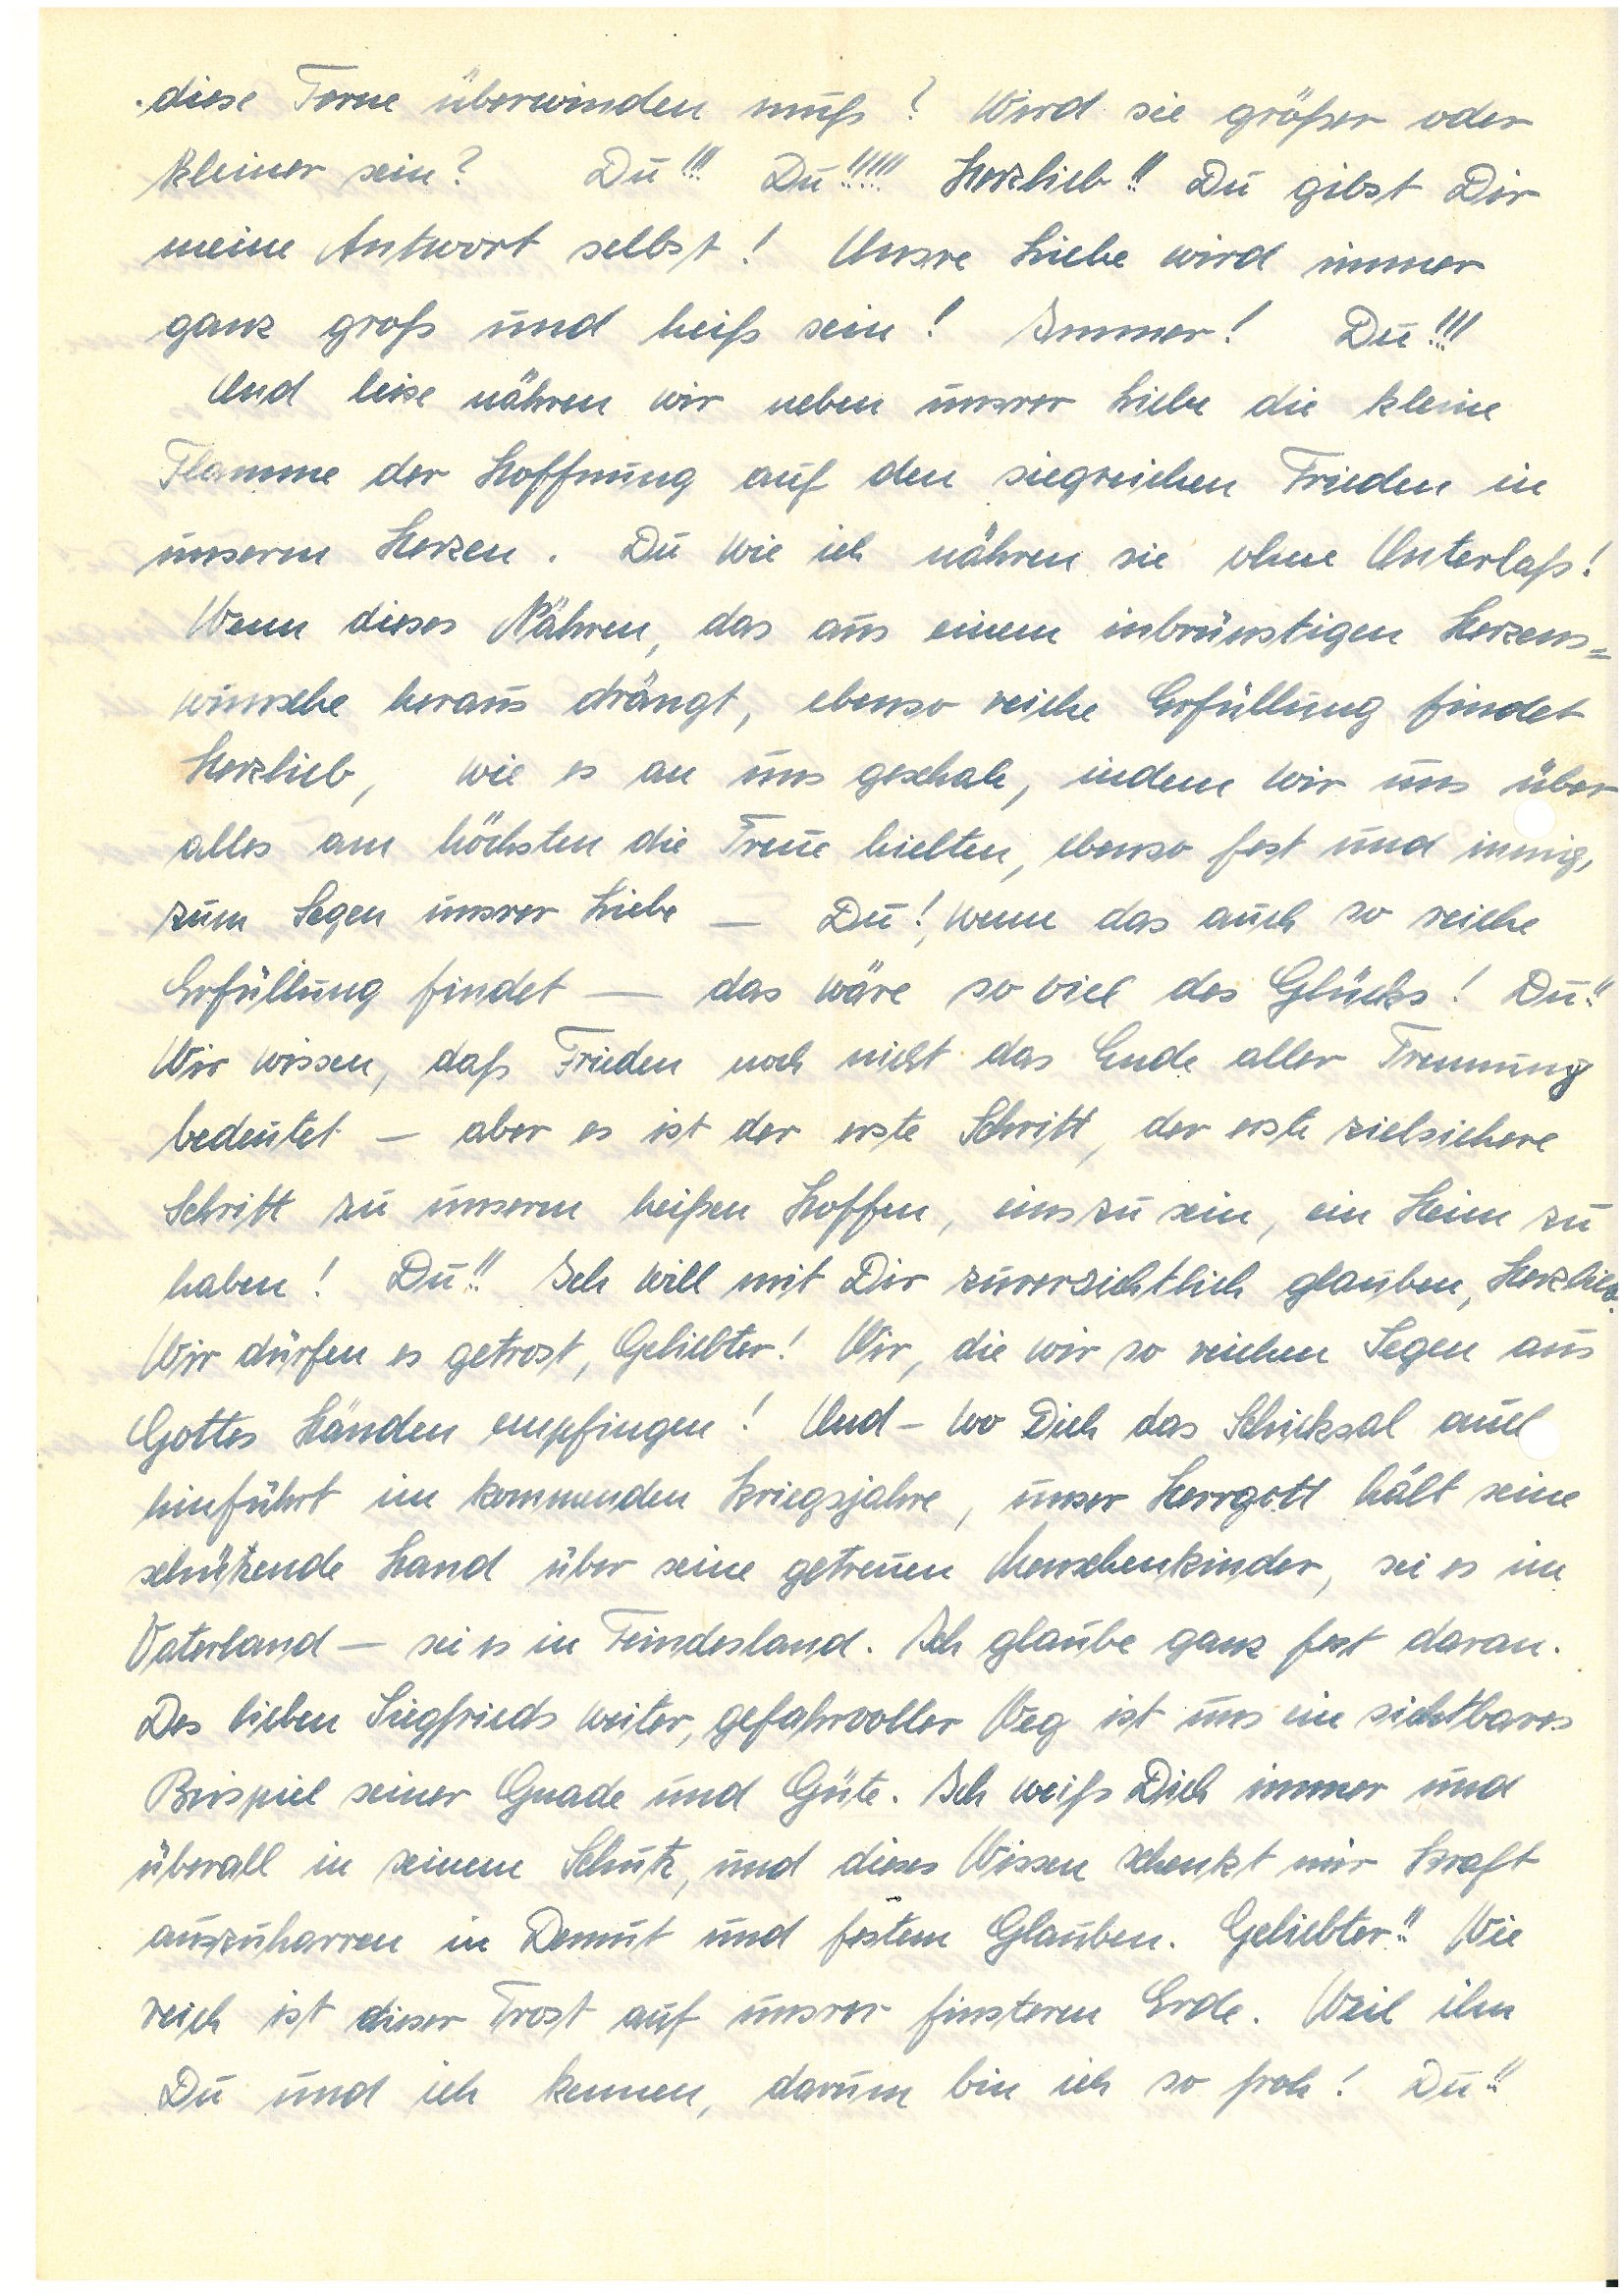
diese Ferne überwinden muß? Wird sie größer oder
kleiner sein? Du!!! Du!!!!! Herzlieb!! Du gibst Dir
meine Antwort selbst! Unsre Liebe wird immer
ganz groß und heiß sein! Immer! Du!!!
Und leise nähren wir neben unsrer Liebe die kleine
Flamme der Hoffnung auf den siegreichen Frieden in
unsrem Herzen. Du und ich nähren sie ohne Unterlaß!
Wenn dieses Nähren, das aus einem inbrünstigen Herzens¬
wunsche heraus drängt, ebenso reiche Erfüllung findet
Herzlieb, wie es an uns geschah, indem wir uns über
alles am höchsten die Treue hielten, ebenso fest und innig,
zum Segen unsrer Liebe – Du! Wenn das auch so reiche
Erfüllung findet – das wäre so viel des Glücks! Du!!
Wir wissen, daß Frieden noch nicht das Ende aller Trennung
bedeutet – aber es ist der erste Schritt, der erste zielsichere
Schritt zu unserm heißen Hoffen, eins zu sein, ein Heim zu
haben! Du!! Ich will mit Dir zuversichtlich glauben, Herzlieb.
Wir dürfen es getrost, Geliebter! Wir, die wir so reichen Segen aus
Gottes Händen empfingen! Und – wo Dich das Schicksal auc
hinführt im kommenden Kriegsjahre, unser Herrgott hält seine
schützende Hand über seine getreuen Menschenkinder, sei es im
Vaterland – sei es in Feindesland. Ich glaube ganz fest daran.
Des lieben Siegfrieds weiter, gefahrvoller Weg ist uns ein sichtbares
Beispiel seiner Gnade und Güte. Ich weiß Dich immer und
überall in seinem Schutz, und dieses Wissen schenkt mir Kraft
auszuharren in Demut und festem Glauben. Geliebter!! Wie
reich ist dieser Trost auf unsrer finsteren Erde. Weil ihn
Du und ich kennen, darum bin ich so froh! Du!!